Scottish Leaving Certificate Examination, 1954
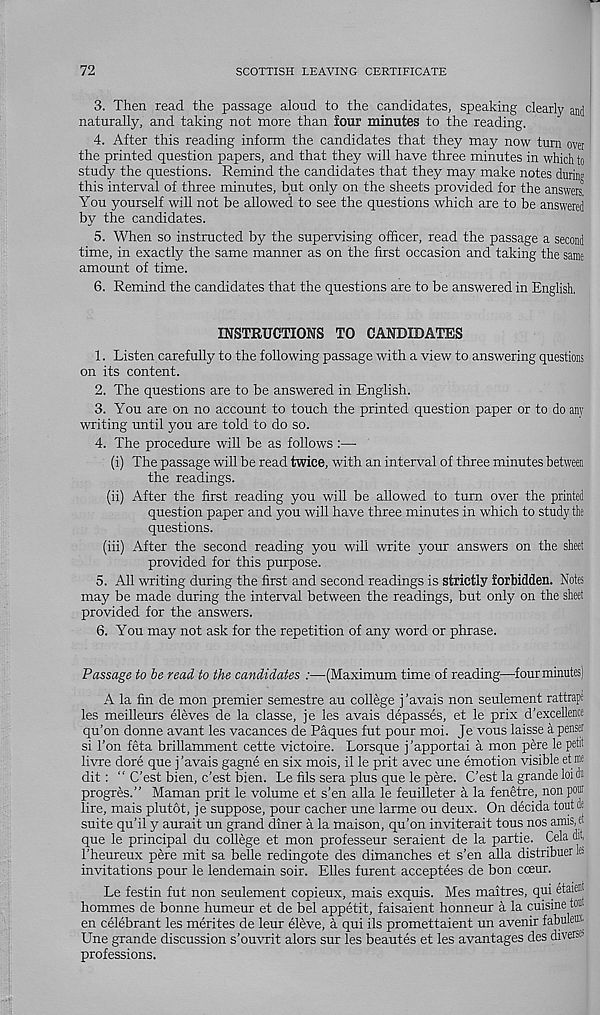
72
SCOTTISH LEAVING CERTIFICATE
3. Then read the passage aloud to the candidates, speaking clearly and
naturally, and taking not more than four minutes to the reading.
4. After this reading inform the candidates that they may now turn over
the printed question papers, and that they will have three minutes in which to
study the questions. Remind the candidates that they may make notes during
this interval of three minutes, but only on the sheets provided for the answers
You yourself will not be allowed to see the questions which are to be answered
by the candidates.
5. When so instructed by the supervising officer, read the passage a second
time, in exactly the same manner as on the first occasion and taking the same
amount of time.
6. Remind the candidates that the questions are to be answered in English,
INSTRUCTIONS TO CANDIDATES
1. Listen carefully to the following passage with a view to answering questions
on its content.
2. The questions are to be answered in English.
3. You are on no account to touch the printed question paper or to do any
writing until you are told to do so.
4. The procedure will be as follows :—
(i) The passage will be read twice, with an interval of three minutes between
the readings.
(ii) After the first reading you will be allowed to turn over the printed
question paper and you will have three minutes in which to study the
questions.
(iii) After the second reading you will write your answers on the sheet
provided for this purpose.
5. All writing during the first and second readings is strictly forbidden. Notes
may be made during the interval between the readings, but only on the sheet
provided for the answers.
6. You may not ask for the repetition of any word or phrase.
Passage to he read to the candidates :—(Maximum time of reading—four minutes)
A la fin de mon premier semestre au college j’avais non seulement rattrape
les meilleurs eleves de la classe, je les avais depasses, et le prix d'excellence
qu’on donne avant les vacances de Paques fut pour moi. Je vous laisse a penser
si Ton feta brillamment cette victoire. Lorsque j’apportai a mon pere le petit
Inure dore que j’avais gagne en six mois, il le prit avec une emotion visible etme
dit: “ C’est bien, c’est bien. Le fils sera plus que le pere. C'est la grande loidii
progres.” Maman prit le volume et s’en alia le feuilleter a la fenetre, non pc®
lire, mais plutot, je suppose, pour cacher une larme ou deux. On decida tout#
suite qu’il y aurait un grand diner a la maison, qu’on inviterait tous nos amis, a
que le principal du college et mon professeur seraient de la partie. Cela dit
1’heureux pere mit sa belle redingote des dimanches et s’en alia distribuer ®
invitations pour le lendemain soir. Elies furent acceptees de bon cceur.
Le festin fut non seulement copieux, mais exquis. Mes maitres, qui etaienj
hommes de bonne humeur et de bel appetit, faisaient honneur a la cuisine tom
en celebrant les merites de leur eleve, a qui ils promettaient un avenir fabule©
Une grande discussion s’ouvrit alors sur les beautes et les avantages des diverse-’
professions.